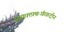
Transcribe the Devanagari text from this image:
व्ज़्सफ़्ग़्फ़्बःफ़ॅफ़दीन